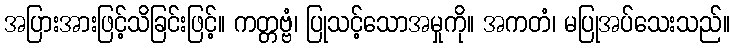
အပြားအားဖြင့်သိခြင်းဖြင့်။ ကတ္တဗ္ဗံ၊ ပြုသင့်သောအမှုကို။ အကတံ၊ မပြုအပ်သေးသည်။